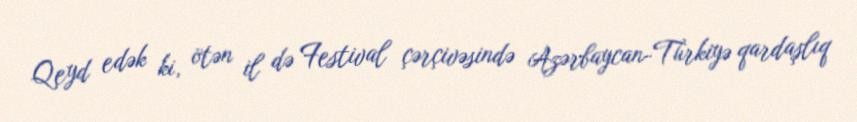
Qeyd edək ki, ötən il də Festival çərçivəsində Azərbaycan-Türkiyə qardaşlıq